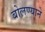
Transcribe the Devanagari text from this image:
बोलण्याने